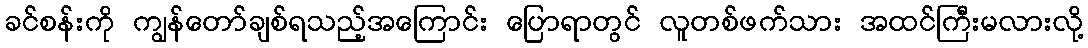
ခင်စန်းကို ကျွန်တော်ချစ်ရသည့်အကြောင်း ပြောရာတွင် လူတစ်ဖက်သား အထင်ကြီးမလားလို့